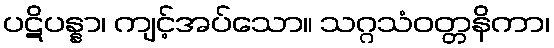
ပဋိပန္နာ၊ ကျင့်အပ်သော။ သဂ္ဂသံဝတ္တနိကာ၊